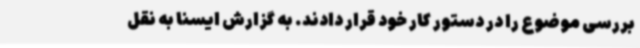
بررسی موضوع را در دستور کار خود قرار دادند. به گزارش ایسنا به نقل